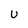
Character: U